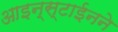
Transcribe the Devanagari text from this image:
आइन्स्टाईनने